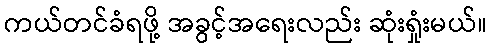
ကယ်တင်ခံရဖို့ အခွင့်အရေးလည်း ဆုံးရှုံးမယ်။